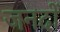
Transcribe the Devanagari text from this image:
जनदों